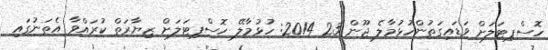
ހޮސްޕިޓަލަށް ވަޑައިގަތުންހުޅުމާލެ ޖޫން 23 2014: ހުޅުމާލޭ ހޮސްޕިޓަލަށް ޒިޔާރަތް ކުރައްވާ އެތަނުގައި